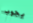
يجوب